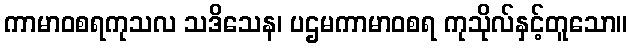
ကာမာဝစရကုသလ သဒိသေန၊ ပဌမကာမာဝစရ ကုသိုလ်နှင့်တူသော။